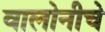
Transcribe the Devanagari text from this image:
वालोनीचे